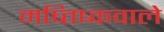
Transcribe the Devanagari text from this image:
मष्तिष्कवाले